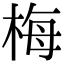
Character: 梅